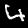
Label: 4